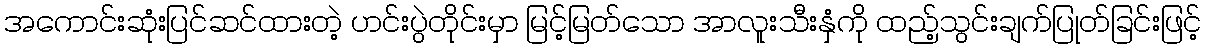
အကောင်းဆုံးပြင်ဆင်ထားတဲ့ ဟင်းပွဲတိုင်းမှာ မြင့်မြတ်သော အာလူးသီးနှံကို ထည့်သွင်းချက်ပြုတ်ခြင်းဖြင့်